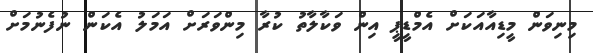
މިނިވަން މީޑިއާއަކަށް އެމްޑީޕީ އިން ވަކާލާތު ކުރާ މިންވަރަށް އަމަލު އެކަން ނުފެނުމަށް